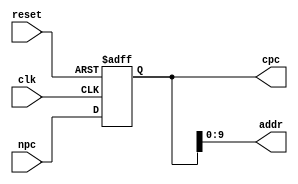
module pc(clk,reset,npc,cpc,addr);
    input clk,reset;
    input[31:0] npc;
    output reg [31:0] cpc;
    output [9:0] addr;
    assign addr = cpc[9:0];  //IM address

    always@(posedge clk or posedge reset)
    begin
      if(reset)
          cpc<=32'h0000_3000;
      else
         cpc<=npc;
    end
endmodule